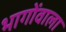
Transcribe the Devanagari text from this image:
भागोंवाला